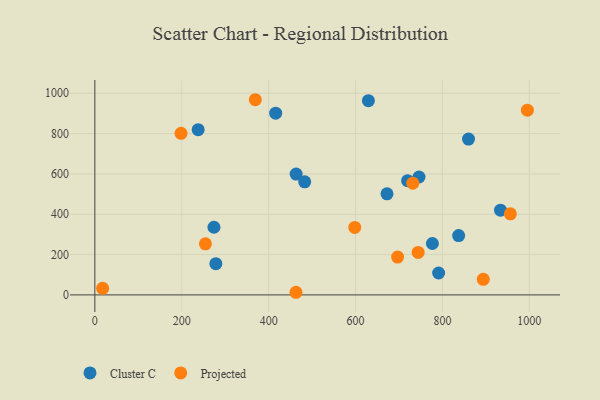
{"axis": {"x": "Speed", "y": "Sales"}, "legend": ["Cluster C", "Projected"], "data": [{"x": "933.7", "y": 420.0, "type": "Cluster C"}, {"x": "463.3", "y": 599.2, "type": "Cluster C"}, {"x": "672.4", "y": 501.3, "type": "Cluster C"}, {"x": "483.0", "y": 560.9, "type": "Cluster C"}, {"x": "274.1", "y": 335.4, "type": "Cluster C"}, {"x": "746.1", "y": 584.7, "type": "Cluster C"}, {"x": "837.3", "y": 294.3, "type": "Cluster C"}, {"x": "719.8", "y": 566.4, "type": "Cluster C"}, {"x": "860.0", "y": 772.9, "type": "Cluster C"}, {"x": "629.6", "y": 963.4, "type": "Cluster C"}, {"x": "237.8", "y": 819.4, "type": "Cluster C"}, {"x": "776.9", "y": 255.0, "type": "Cluster C"}, {"x": "416.2", "y": 901.5, "type": "Cluster C"}, {"x": "791.2", "y": 108.5, "type": "Cluster C"}, {"x": "278.5", "y": 154.9, "type": "Cluster C"}, {"x": "956.3", "y": 402.0, "type": "Projected"}, {"x": "369.3", "y": 968.0, "type": "Projected"}, {"x": "995.5", "y": 916.2, "type": "Projected"}, {"x": "731.7", "y": 553.9, "type": "Projected"}, {"x": "254.5", "y": 253.5, "type": "Projected"}, {"x": "17.9", "y": 32.8, "type": "Projected"}, {"x": "462.9", "y": 13.0, "type": "Projected"}, {"x": "598.2", "y": 334.5, "type": "Projected"}, {"x": "198.4", "y": 801.6, "type": "Projected"}, {"x": "696.8", "y": 187.6, "type": "Projected"}, {"x": "744.1", "y": 210.6, "type": "Projected"}, {"x": "894.0", "y": 77.1, "type": "Projected"}]}